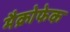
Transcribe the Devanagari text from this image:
मैक्रोफेक